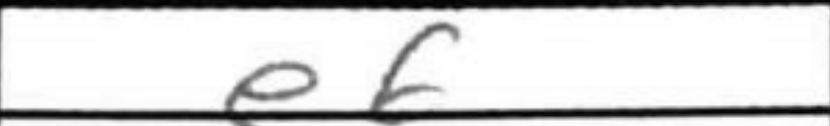
Transcription: e6